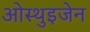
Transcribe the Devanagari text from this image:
ओस्थुइजेन